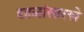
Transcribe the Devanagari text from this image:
शाळांसारखे